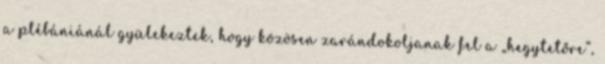
a plébániánál gyülekeztek, hogy közösen zarándokoljanak fel a „hegytetőre”,